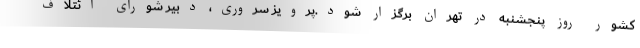
کشور روز پنجشنبه در تهران برگزار ‌شود.پرویز سروری، دبیر شورای ائتلاف